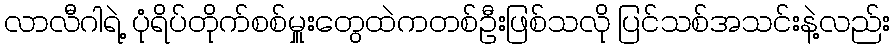
လာလီဂါရဲ့ ပုံရိပ်တိုက်စစ်မှူးတွေထဲကတစ်ဦးဖြစ်သလို ပြင်သစ်အသင်းနဲ့လည်း